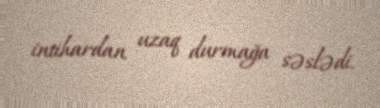
intihardan uzaq durmağa səslədi.